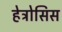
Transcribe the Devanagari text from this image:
हेट्रोसिस